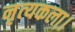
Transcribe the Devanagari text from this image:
नृत्‍यकला।